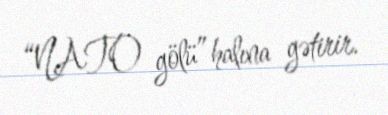
“NATO gölü” halına gətirir.